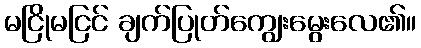
မငြိုမငြင် ချက်ပြုတ်ကျွေးမွေးလေ၏။